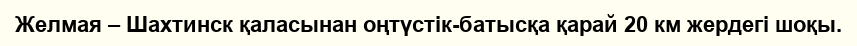
Желмая – Шахтинск қаласынан оңтүстік-батысқа қарай 20 км жердегі шоқы.